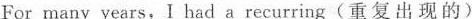
For many years, I had a recurring(重复出现的)